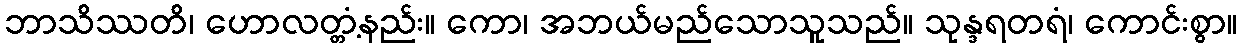
ဘာသိဿတိ၊ ဟောလတ္တံ့နည်း။ ကော၊ အဘယ်မည်သောသူသည်။ သုန္ဒရတရံ၊ ကောင်းစွာ။